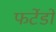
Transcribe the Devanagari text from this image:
फर्टेडो